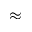
\approx